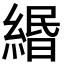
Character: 緡